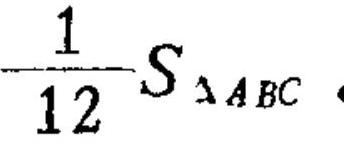
\(\frac{1}{12}S_{\triangle ABC}\)